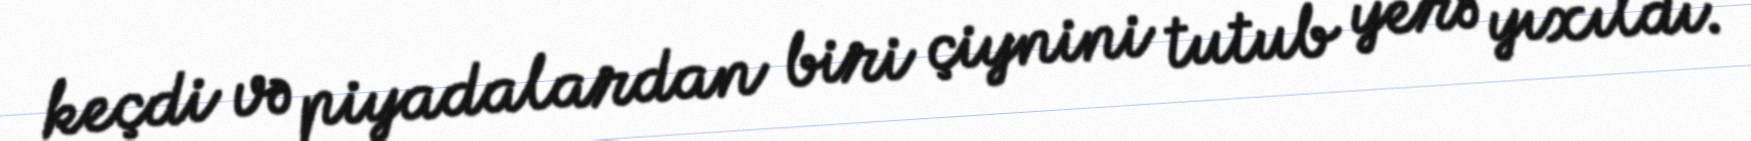
keçdi və piyadalardan biri çiynini tutub yerə yıxıldı.